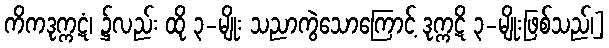
ကိကဒုက္ကဋံ၊ ၌လည်း ထို ၃-မျိုး သညာကွဲသောကြောင့် ဒုက္ကဋိ ၃-မျိုးဖြစ်သည်၊]